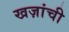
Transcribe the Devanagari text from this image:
खज़ांची